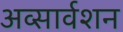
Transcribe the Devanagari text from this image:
अव्सार्वशन